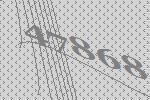
47868